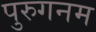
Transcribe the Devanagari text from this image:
पुरुगनम